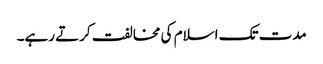
مدت تک اسلام کی مخالفت کرتے رہے۔